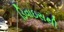
ડિવાઇસથી